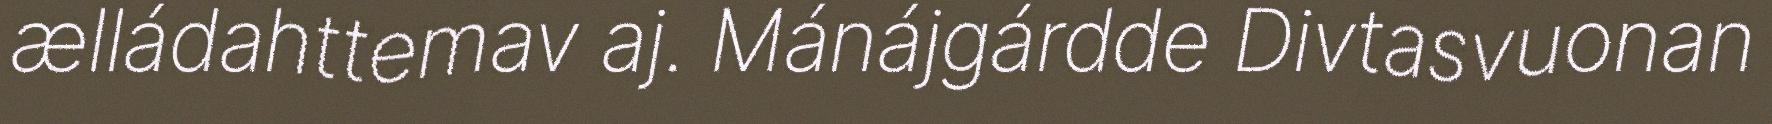
ælládahttemav aj. Mánájgárdde Divtasvuonan